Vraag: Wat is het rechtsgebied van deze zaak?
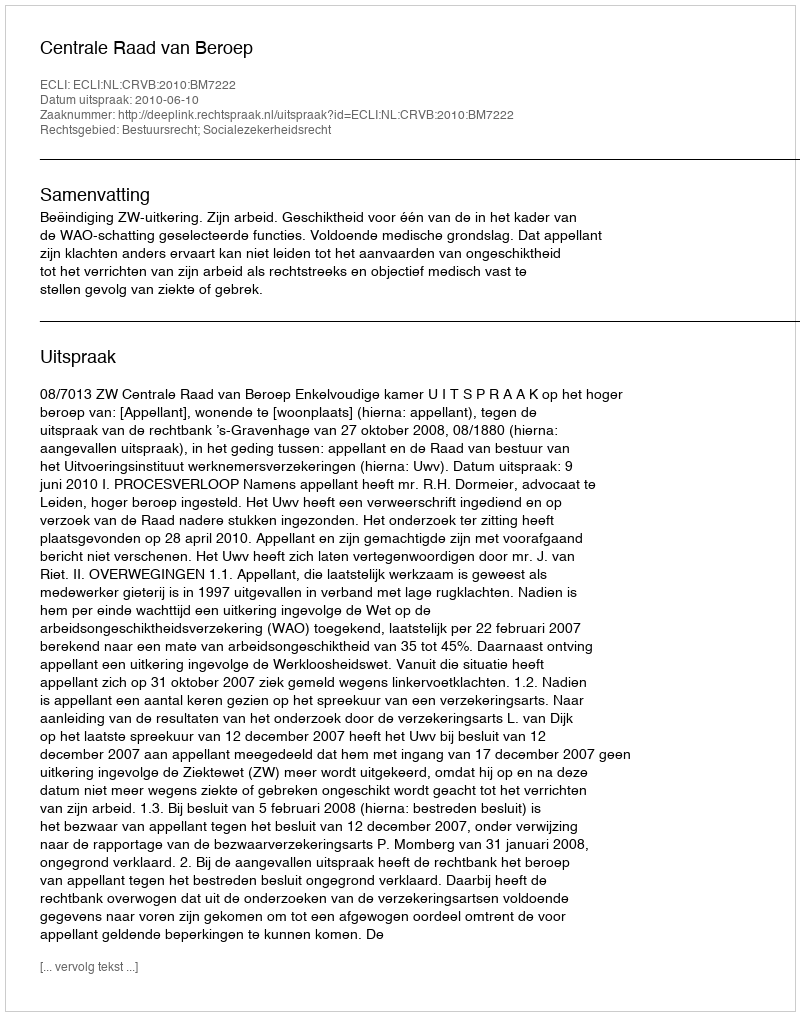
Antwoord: Bestuursrecht; Socialezekerheidsrecht